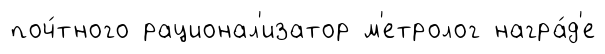
поч́тного рационал'изатор м'етролог награ́д'е